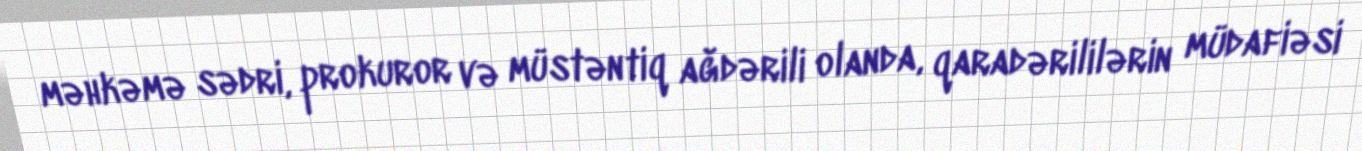
məhkəmə sədri, prokuror və müstəntiq ağdərili olanda, qaradərililərin müdafiəsi